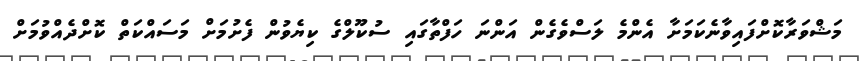
މަޝްވަރާކޮށްފައިވާނެކަމަށާ އެންމެ ލަސްވެގެން އަންނަ ހަފްތާގައި ސުކޫލްގެ ކިޔެވުން ފެށުމަށް މަސައްކަތް ކޮށްދެއްވުމަށް